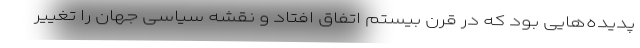
پدیده‌هایی بود که در قرن بیستم اتفاق افتاد و نقشه سیاسی جهان را تغییر